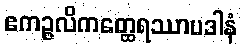
ဧကဉ္ဇလိကတ္ထေရဿာပဒါနံ